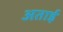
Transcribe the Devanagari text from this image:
अताई